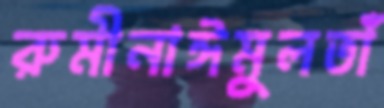
রুমীনাঈমুলতাঁ